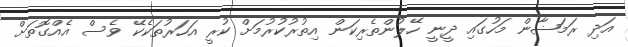
އަދި ރަމަޟާން މަހުގައި ދީނީ ހޭލުންތެރިކަން އިތުރުކުރުމަށް ކުރީ އަހަރުތަކެކޭ ވެސް އެއްގޮތަށް